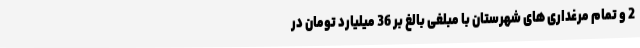
2 و تمام مرغداری های شهرستان با مبلغی بالغ بر 36 میلیارد تومان در